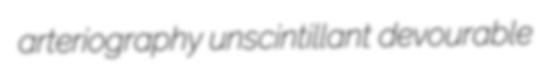
arteriography unscintillant devourable